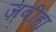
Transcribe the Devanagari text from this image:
ज़बीहा